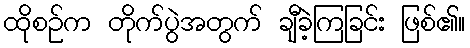
ထိုစဉ်က တိုက်ပွဲအတွက် ချီခဲ့ကြခြင်း ဖြစ်၏။